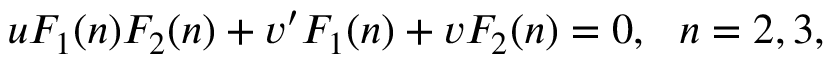
u F _ { 1 } ( n ) F _ { 2 } ( n ) + v ^ { \prime } F _ { 1 } ( n ) + v F _ { 2 } ( n ) = 0 , ~ ~ n = 2 , 3 ,